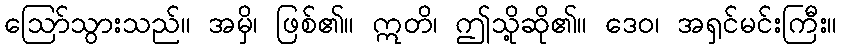
ဩော်သွားသည်။ အမှိ၊ ဖြစ်၏။ ဣတိ၊ ဤသို့ဆို၏။ ဒေဝ၊ အရှင်မင်းကြီး။